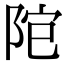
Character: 𨹕